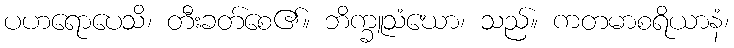
ပဟရောပေသိ၊ တီးခတ်စေ၏။ ဘိက္ခူသံဃော၊ သည်။ ကတမာစရိယာနံ၊